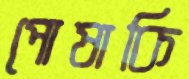
পোষাকি